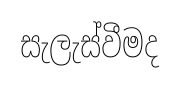
සැලැස්වීමද